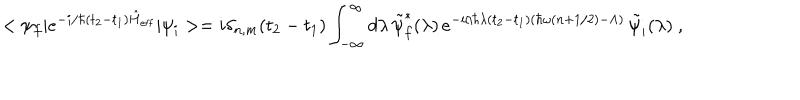
< \psi _ { f } | e ^ { - i / \hbar ( t _ { 2 } - t _ { 1 } ) \hat { H } _ { \mathrm { e f f } } } | \psi _ { i } > = i \delta _ { n , m } ( t _ { 2 } - t _ { 1 } ) \int _ { - \infty } ^ { \infty } d \lambda \, \tilde { \psi } _ { f } ^ { * } ( \lambda ) \, e ^ { - i / \hbar \lambda ( t _ { 2 } - t _ { 1 } ) ( \hbar \omega ( n + 1 / 2 ) - \Lambda ) } \, \tilde { \psi } _ { i } ( \lambda ) \ ,